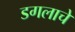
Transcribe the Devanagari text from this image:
डगलाचे